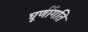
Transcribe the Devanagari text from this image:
घूर्णीगति